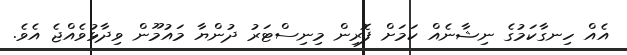
އެއް ހިނގާކަމުގެ ނިޝާނެއް ކަމަށް ފޮރިން މިނިސްޓަރު ދުންޔާ މައުމޫން ވިދާޅުވެއްޖެ އެވެ.